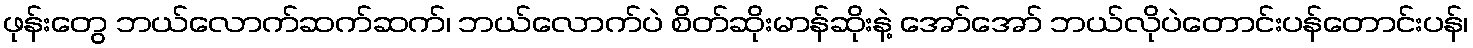
ဖုန်းတွေ ဘယ်လောက်ဆက်ဆက်၊ ဘယ်လောက်ပဲ စိတ်ဆိုးမာန်ဆိုးနဲ့ အော်အော် ဘယ်လိုပဲတောင်းပန်တောင်းပန်၊